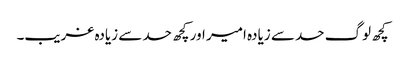
کچھ لوگ حد سے زیادہ امیر اور کچھ حد سے زیادہ غریب۔